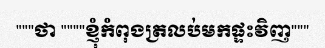
"""ថា """"ខ្ញុំកំពុងត្រលប់មកផ្ទះវិញ"""